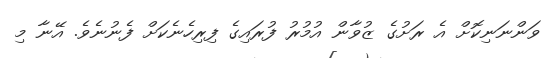
ވަންނަނިކޮށް އެ ރަށުގެ ޒުވާން އުމުރު ފުރައިގެ ފިރިހެނެކަށް ފެނުނެވެ. އޭނާ މި